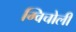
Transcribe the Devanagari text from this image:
ग्विचोली